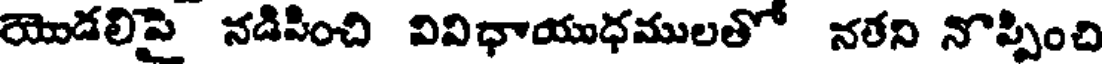
యొడలిపై నడిపించి వివిధాయుధములతో నతని నొప్పించి